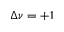
\Delta \nu = + 1